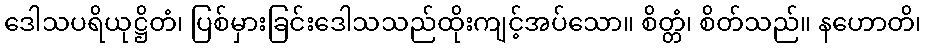
ဒေါသပရိယုဋ္ဌိတံ၊ ပြစ်မှားခြင်းဒေါသသည်ထိုးကျင့်အပ်သော။ စိတ္တံ၊ စိတ်သည်။ နဟောတိ၊